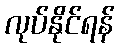
လုပ်နိုင်ရန်